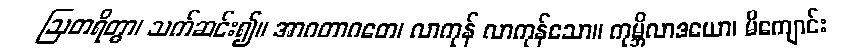
ဩတရိတွာ၊ သက်ဆင်း၍။ အာဂတာဂတေ၊ လာကုန် လာကုန်သော။ ကုမ္ဘိလာဒယော၊ မိကျောင်း